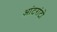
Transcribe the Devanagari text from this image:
आंटरांटो